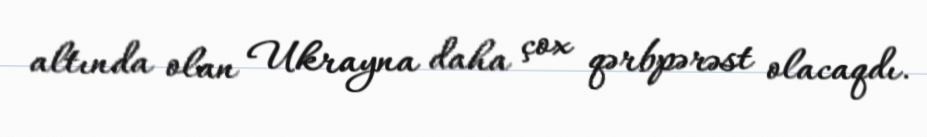
altında olan Ukrayna daha çox qərbpərəst olacaqdı.